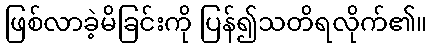
ဖြစ်လာခဲ့မိခြင်းကို ပြန်၍သတိရလိုက်၏။